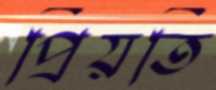
প্রিয়তি